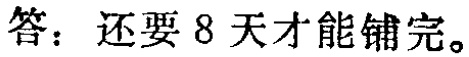
答：还要8天才能铺完。